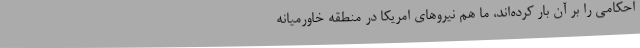
احکامی را بر آن بار کرده‌اند، ما هم نیروهای امریکا در منطقه خاورمیانه